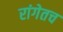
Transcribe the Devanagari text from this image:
रांगेतच